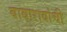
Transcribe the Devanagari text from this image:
बाबारावांची